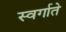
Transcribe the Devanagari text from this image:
स्वर्गाते